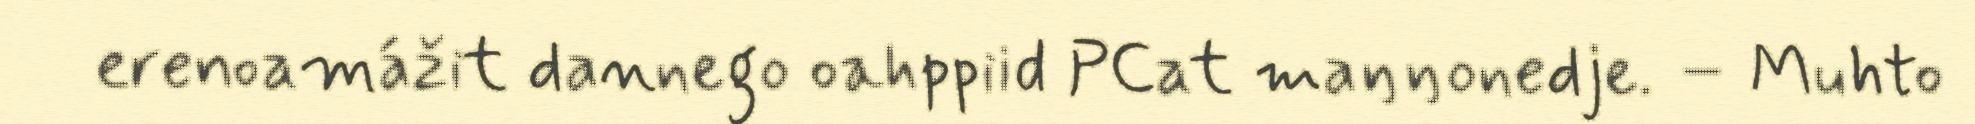
erenoamážit dannego oahppiid PCat maŋŋonedje. – Muhto